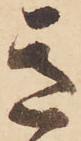
き